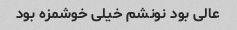
عالی بود نونشم خیلی خوشمزه بود